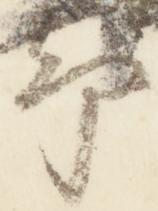
却